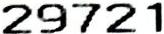
29721